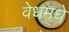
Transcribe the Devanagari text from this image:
वेधमधे